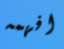
افهمه